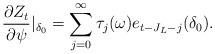
LaTeX: \begin{align*}\frac{\partial Z_{t}}{\partial\psi}\vert_{\delta_0}=\sum_{j=0} ^{\infty}\tau_{j}(\omega)e_{t-J_L-j}(\delta_{0}).\end{align*}